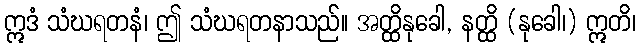
ဣဒံ သံဃရတနံ၊ ဤ သံဃရတနာသည်။ အတ္ထိနုခေါ, နတ္ထိ (နုခေါ၊) ဣတိ၊